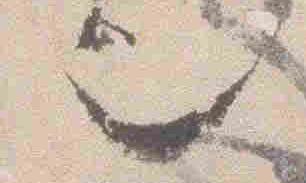
也